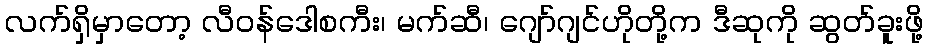
လက်ရှိမှာတော့ လီဝန်ဒေါစကီး၊ မက်ဆီ၊ ဂျော်ဂျင်ဟိုတို့က ဒီဆုကို ဆွတ်ခူးဖို့